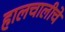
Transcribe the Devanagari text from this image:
हालचालीचे